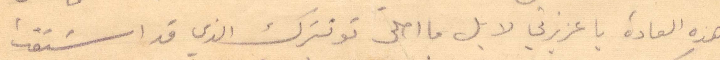
هذه العادة يا عزيزتي لا بل ما احلى توترك الذي قد اشتقت